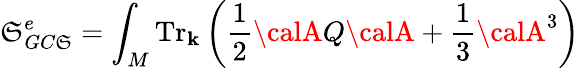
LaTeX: \displaystyle{\mathfrak{S}_{GC\mathfrak{S}}^{e}=\int_{M}\mathrm{{Tr}}_{\mathbf{k}}\left(\frac{{1}}{{2}}{\calA}Q{\calA}+\frac{{1}}{{3}}{\calA}^{3}\right)}